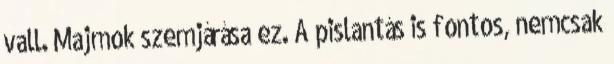
vall. Majmok szemjárása ez. A pislantás is fontos, nemcsak